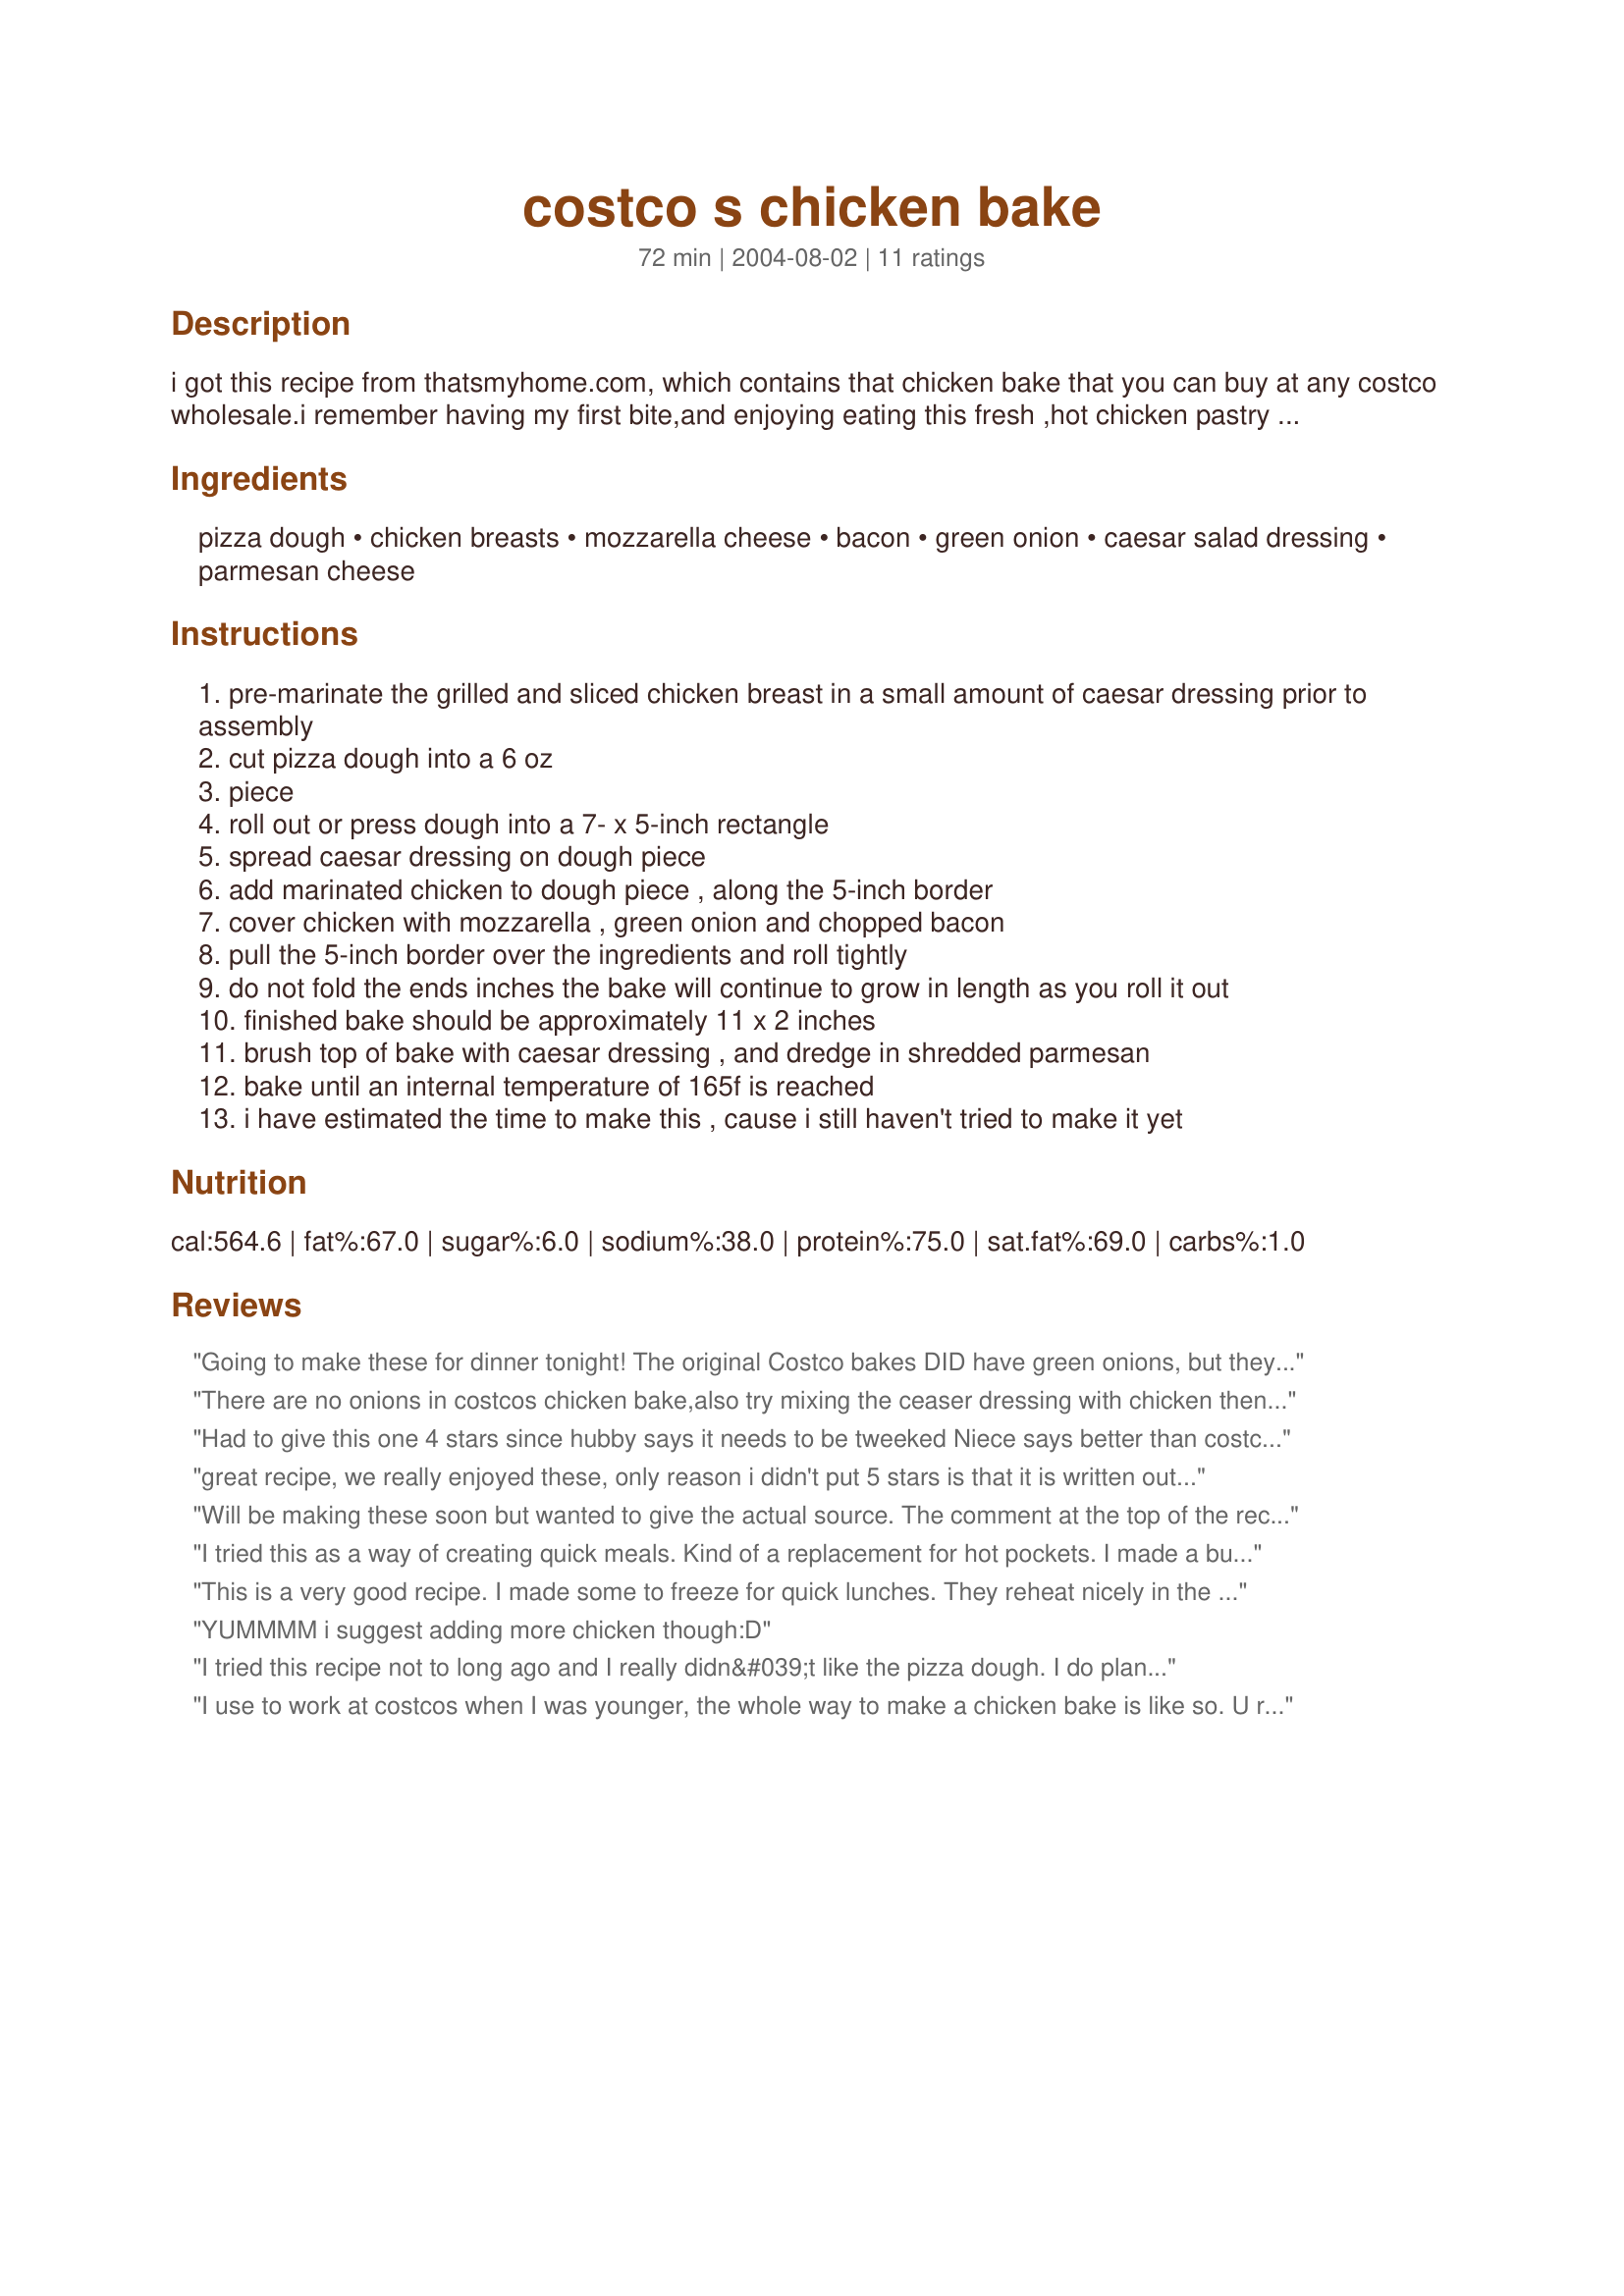
costco s chicken bake
Preparation time: 72 minutes

i got this recipe from thatsmyhome.com, which contains that chicken bake that you can buy at any costco wholesale.i remember having my first bite,and enjoying eating this fresh ,hot chicken pastry on winter.

Ingredients:
pizza dough, chicken breasts, mozzarella cheese, bacon, green onion, caesar salad dressing, parmesan cheese

Steps:
pre-marinate the grilled and sliced chicken breast in a small amount of caesar dressing prior to assembly
cut pizza dough into a 6 oz
piece
roll out or press dough into a 7- x 5-inch rectangle
spread caesar dressing on dough piece
add marinated chicken to dough piece , along the 5-inch border
cover chicken with mozzarella , green onion and chopped bacon
pull the 5-inch border over the ingredients and roll tightly
do not fold the ends inches the bake will continue to grow in length as you roll it out
finished bake should be approximately 11 x 2 inches
brush top of bake with caesar dressing , and dredge in shredded parmesan
bake until an internal temperature of 165f is reached
i have estimated the time to make this , cause i still haven't tried to make it yet

Reviews:
Going to make these for dinner tonight! The original Costco bakes DID have green onions, but they now make them without. I agree with the other commenters that the recipe is written out a bit awkwardly - I'll be trying them at 400*.
There are no onions in costcos chicken bake,also try mixing the ceaser dressing with chicken then put it in the dough. And before putting in over, brush some Cesar dressing on top of chicken bakes and sprinkle some parmesan cheese on top and throw them in the oven.
Had to give this one 4 stars since hubby says it needs to be tweeked Niece says better than costco and I say super easy and yummy lunch.
great recipe, we really enjoyed these, only reason i didn't put 5 stars is that it is written out a bit poorly. also, calling for ounces can be a bit difficult, instead of more practical measurements. they bake great at 400 degrees for about 20-25 minutes, as someone else stated.
Will be making these soon but wanted to give the actual source. The comment at the top of the recipe says that it's a (poorly written) rip-off of this website's recipe. Hope this helps with the instructions. http://thatsmyhome.com/lunchbox/cosbak/
I tried this as a way of creating quick meals. Kind of a replacement for hot pockets. I made a bunch and then froze them. They taste great after reheating in the oven.
This is a very good recipe. I made some to freeze for quick lunches. They reheat nicely in the microwave. I used recipe#212457 for the pizza crust and it was really good. I baked them at 400 degrees for 25 minutes.
YUMMMM i suggest adding more chicken though:D
I tried this recipe not to long ago and I really didn&#039;t like the pizza dough. I do plan on giving this recipe another try, but this time I will be making the dough and the Caesar dressing from scratch. Since I try to avoid processed foods, this recipe was a bit tough for me to follow, but since I really love these at Costco, I figured I try it as written. Live and learn!
I use to work at costcos when I was younger, the whole way to make a chicken bake is like so. U roll out dough, use a fork tape on dough to leave impressions so no bubbles in dough, use a brush brush on ceased dressing, place chicken breast down the pizza dough, place cheese, bacon, onions, roll place on pan , brush on ceased dressing, more parmigiana cheese, bake, in Costco we had a oven that baked at 450 and went threw a converbelt that took 7-9 min but ovens vary.. U will know when it's done. Let cool and eat. Sum ppl like extra dressing. Tada chicken bake
I thought this recipe was pretty good. It was not as flavorful as I had hoped. I might try it again, but would definitely add more bacon and onion. I could hardly even taste the bacon and onion. I had to "guess"timate the cooking temperature and cooking time. It seemed to come out OK. I cooked it on 350 degrees and just kept checking it. When the internal temperature reached 165 degrees, the outer crust was not ready, so I just kept cooking it until it was. I may have needed to cook on a higher temperature or something.
